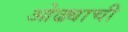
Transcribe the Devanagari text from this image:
ओढ्याची